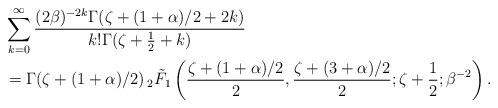
LaTeX: \begin{align*} & \sum_{k=0}^\infty \frac{(2\beta)^{-2k}\Gamma(\zeta+(1+\alpha)/2+2k)}{k!\Gamma(\zeta+\frac12+k)} \\ & = \Gamma(\zeta+(1+\alpha)/2)\, _2\tilde{F}_1\left(\frac{\zeta+(1+\alpha)/2}{2},\frac{\zeta+(3+\alpha)/2}{2};\zeta+\frac12;\beta^{-2}\right).\end{align*}